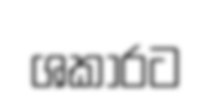
ශකාරට